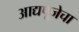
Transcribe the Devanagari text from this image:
आद्यपूजेचा